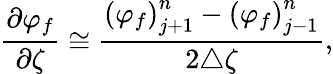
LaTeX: \frac{\partial\varphi_{f}}{\partial\zeta}\cong\frac{{\left(\varphi_{f}\right)}_{j+1}^{n}-{\left(\varphi_{f}\right)}_{j-1}^{n}}{2\triangle\zeta},